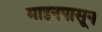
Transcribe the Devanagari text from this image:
माइनपासून